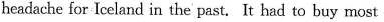
headache for Iceland in the past. It had to buy most